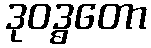
ဒုဝဒ္ဓတော